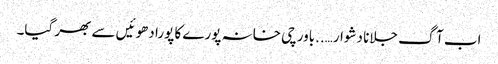
اب آگ جلانا دشوار…..باورچی خانہ پورے کا پورا دھوئیں سے بھر گیا۔